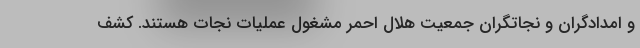
و امدادگران و نجاتگران جمعیت هلال احمر مشغول عملیات نجات هستند. کشف